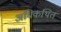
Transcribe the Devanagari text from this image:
अधिकथित